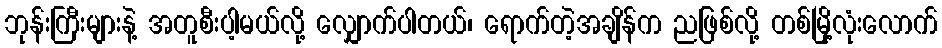
ဘုန်းကြီးများနဲ့ အတူစီးပါ့မယ်လို့ လျှောက်ပါတယ်၊ ရောက်တဲ့အချိန်က ညဖြစ်လို့ တစ်မြို့လုံးလောက်